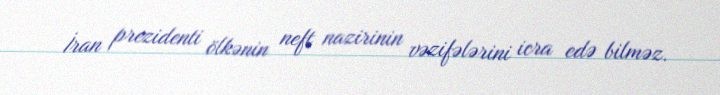
İran prezidenti ölkənin neft nazirinin vəzifələrini icra edə bilməz.